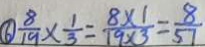
\textcircled { 6 } \frac { 8 } { 1 9 } \times \frac { 1 } { 3 } = \frac { 8 \times 1 } { 1 9 \times 3 } = \frac { 8 } { 5 7 }